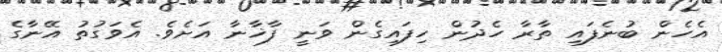
އެހެން ބުނެފައި ތާރާ ހެދުން ހިފައިގެން ވަނީ ފާޚާނާ އަށެވެ. އެވަގުތު އޭނާގެ